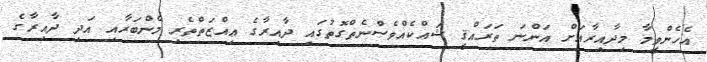
އެހެންވީމާ މިދާއިރާއަށް އަންނަ ތަރައްޤީ ޝައްކެއްވެސްނެތްގޮތުގައި ދާއިރާގެ ޢިއްޒަތްތެރި މެންބަރާއި އަދި ދާއިރާގެ